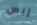
إبس